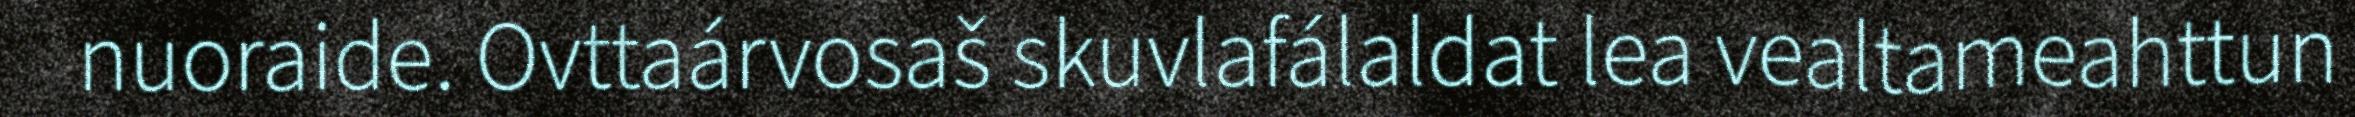
nuoraide. Ovttaárvosaš skuvlafálaldat lea vealtameahttun